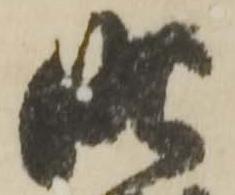
昨